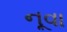
નૂવા